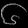
Digit: ၆